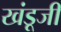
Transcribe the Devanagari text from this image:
खंडूजी